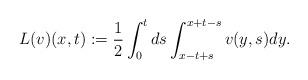
LaTeX: \begin{align*}L(v)(x,t):=\frac{1}{2}\int_0^tds\int_{x-t+s}^{x+t-s}v(y,s)dy.\end{align*}